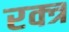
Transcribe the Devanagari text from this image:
रक्त्र